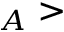
_ A >